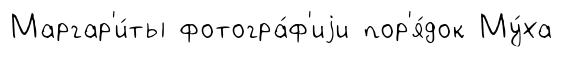
Маргар'и́ты фотогра́ф'иjи пор'я́док Му́ха